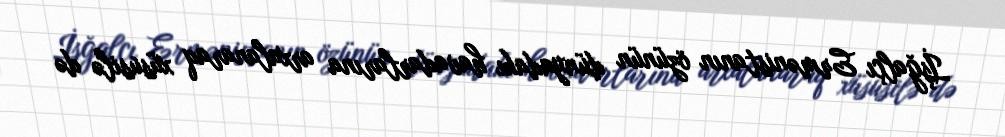
İşğalçı Ermənistanın özünün dünyadakı havadarlarına arxalanaraq xüsusilə də